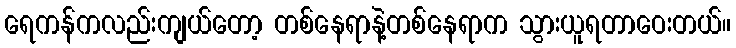
ရေကန်ကလည်းကျယ်တော့ တစ်နေရာနဲ့တစ်နေရာက သွားယူရတာဝေးတယ်။